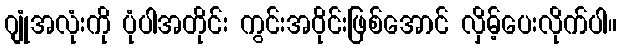
ဂျုံအလုံးကို ပုံပါအတိုင်း ကွင်းအဝိုင်းဖြစ်အောင် လှိမ့်ပေးလိုက်ပါ။